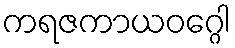
ကရဇကာယဝဂ္ဂေါ